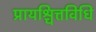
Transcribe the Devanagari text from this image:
प्रायश्चित्तविधि